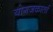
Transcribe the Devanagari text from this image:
योगजकार्ता